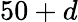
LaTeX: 50+d